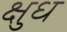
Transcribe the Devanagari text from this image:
क्षुध